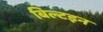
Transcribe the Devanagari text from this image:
बिल्टइन